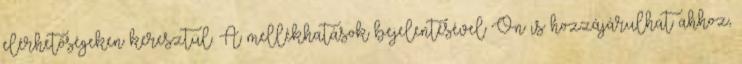
elérhetőségeken keresztül. A mellékhatások bejelentésével Ön is hozzájárulhat ahhoz,